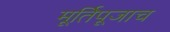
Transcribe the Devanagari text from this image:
मूर्तिपूजाच